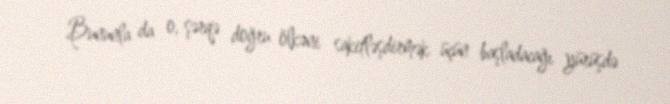
Bununla da o, şərqə doğru ölkəni sakitləşdirmək üçün başladacağı yürüşdə